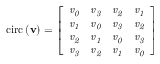
\mathrm { c i r c } \left( \mathbf { v } \right) = \left[ \begin{array} { l l l l } { \mathit { v _ { 0 } } } & { \mathit { v _ { 3 } } } & { \mathit { v _ { 2 } } } & { \mathit { v _ { 1 } } } \\ { \mathit { v _ { 1 } } } & { \mathit { v _ { 0 } } } & { \mathit { v _ { 3 } } } & { \mathit { v _ { 2 } } } \\ { \mathit { v _ { 2 } } } & { \mathit { v _ { 1 } } } & { \mathit { v _ { 0 } } } & { \mathit { v _ { 3 } } } \\ { \mathit { v _ { 3 } } } & { \mathit { v _ { 2 } } } & { \mathit { v _ { 1 } } } & { \mathit { v _ { 0 } } } \end{array} \right]